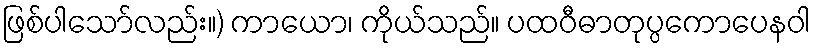
ဖြစ်ပါသော်လည်း။) ကာယော၊ ကိုယ်သည်။ ပထဝီဓာတုပ္ပကောပေနဝါ